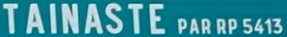
TAINASTE PAR RP 541